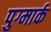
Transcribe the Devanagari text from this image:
पुग्मार्क